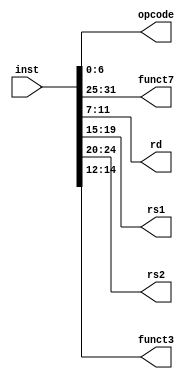
module instruction
(
	input [31:0] inst,
	output [6:0] opcode, funct7,
	output [4:0] rd, rs1, rs2,
	output [2:0] funct3
);

	assign opcode = inst[6:0];
	assign rd = inst[11:7];
	assign funct3 = inst[14:12];
	assign rs1 = inst[19:15];
	assign rs2 = inst[24:20];
	assign funct7 = inst[31:25];
	
endmodule